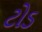
ટોડ